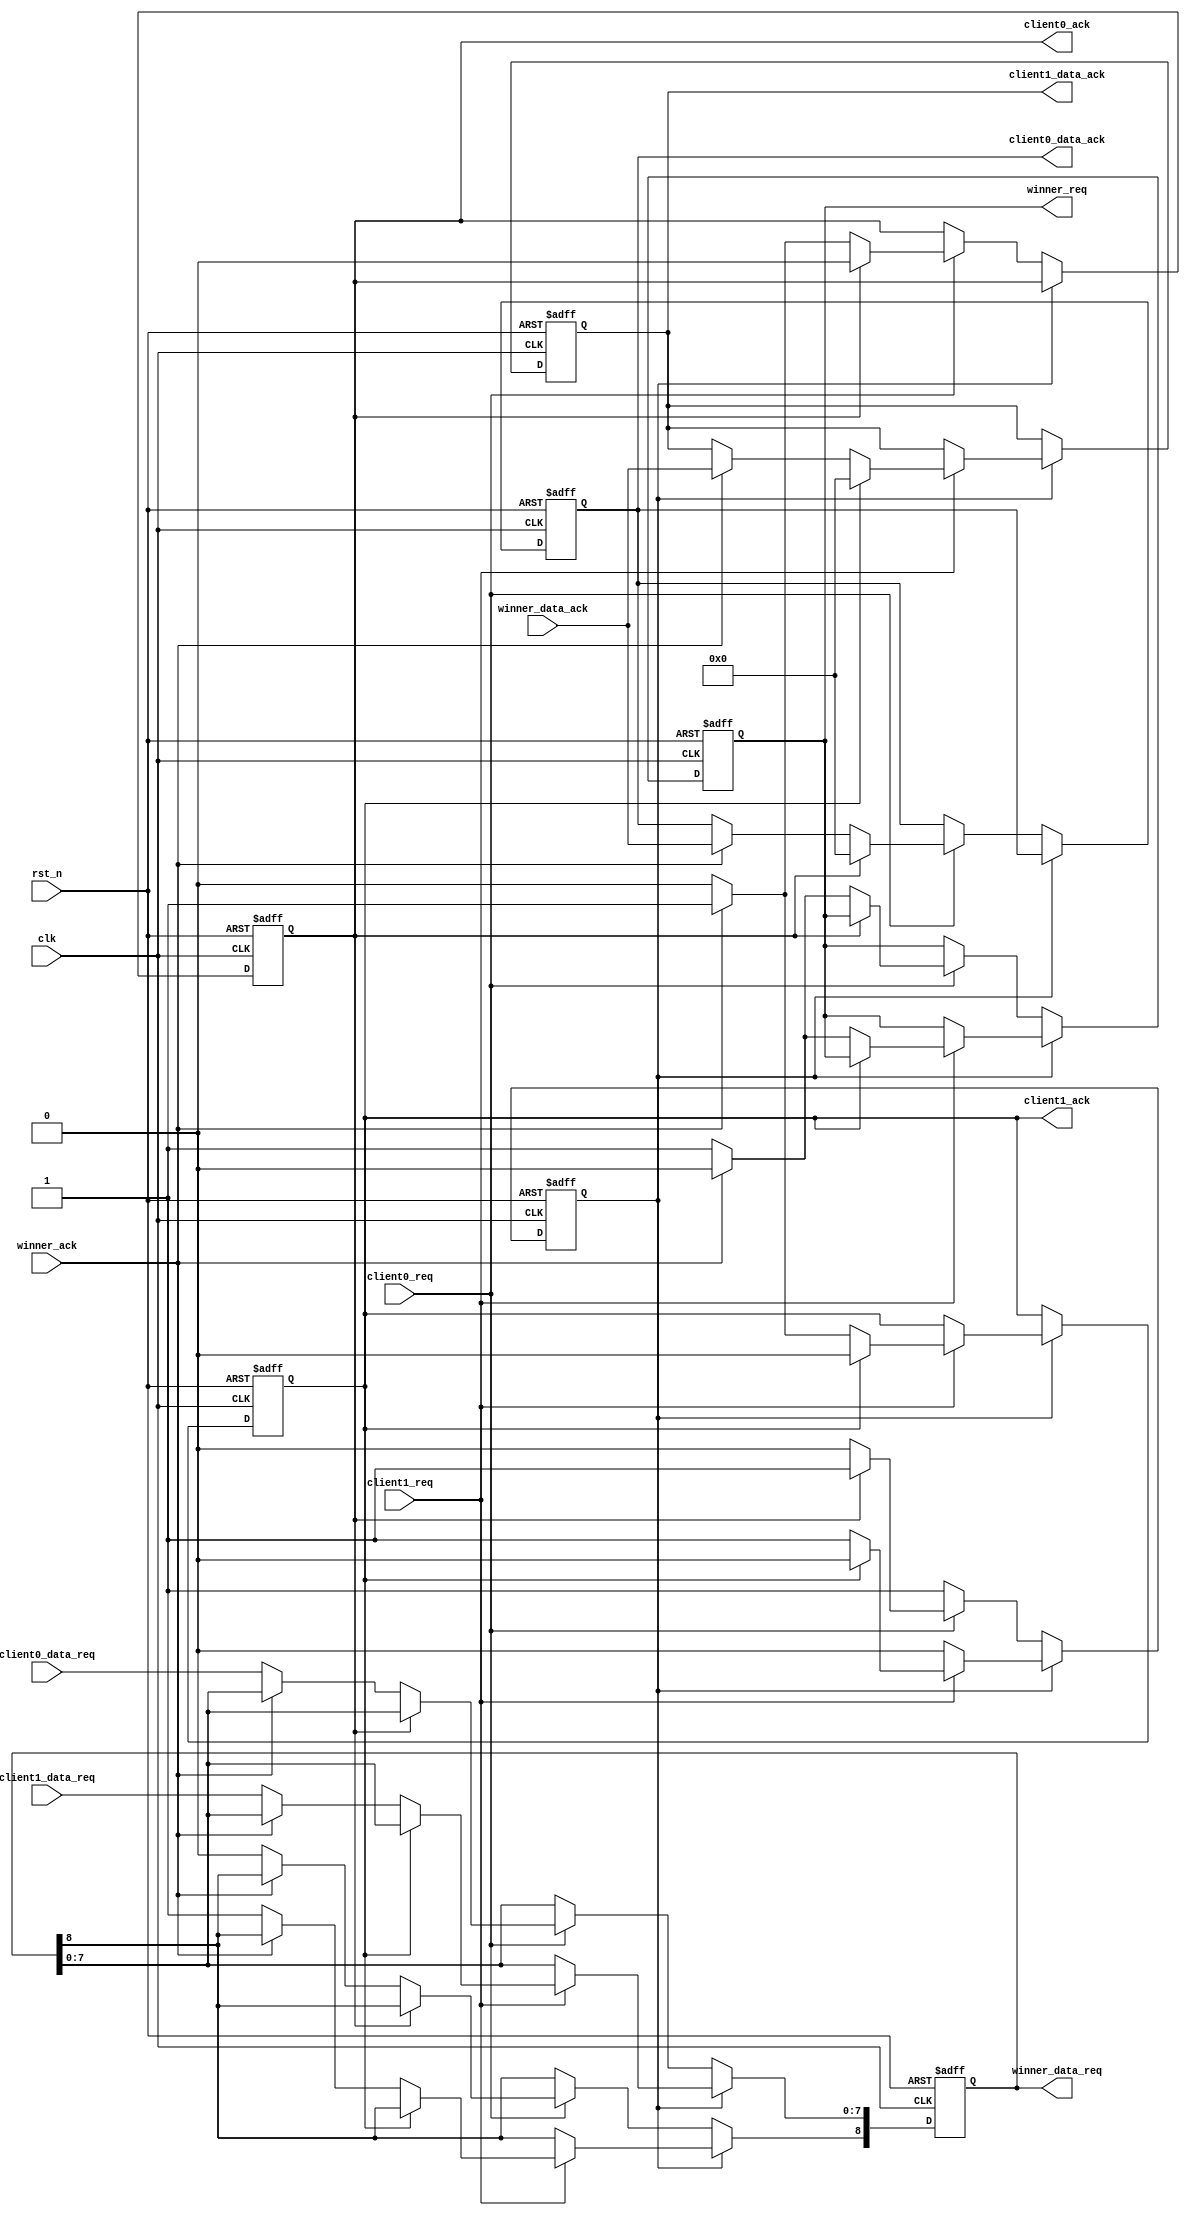
//---------------------------------------------------------------------------------------
// Universitatea Transilvania din Brasov
// Proiect     : Limbaje de descriere hardware
// Autor       : Neagu Lucian-Alexandru
// Data        : 27.05.2022
//---------------------------------------------------------------------------------------
// Descriere   : Arbitrare 
//---------------------------------------------------------------------------------------

module arbitrare #(
	parameter REQ_DATA_WIDTH  = 'd8,  
	parameter ACK_DATA_WIDTH  = 'd8  
)(
    input      						  clk,                                         
    input        					  rst_n,                                       
    input      						  client0_req,                  // request de la primul client
    input      [REQ_DATA_WIDTH  -1:0] client0_data_req,             //Date trimise de primul client impreuna cu request ul
    input      						  winner_ack,                   // acknowledge, trimis  ca si confirmare catre un client
    input      [ACK_DATA_WIDTH  -1:0] winner_data_ack,              //Datele trimise de destinatar catre client 
    input      						  client1_req,                  // request de la al doilea client
    input      [REQ_DATA_WIDTH  -1:0] client1_data_req,             //Date trimise de al doilea client impreuna cu request ul
	
	output reg 						  client0_ack,                  // acknowledge catre primul client
    output reg [ACK_DATA_WIDTH  -1:0] client0_data_ack,             //Date primite de primul client de la destinatar impreuna cu semnalul de winner_ack
    output reg                        client1_ack,                  // acknowledge catre al doilea client
    output reg [ACK_DATA_WIDTH  -1:0] client1_data_ack,             //Date primite de al doilea client de la destinatar impreuna cu semnalul de winner_ack
    output reg                        winner_req,                   // request primit de destinatar
    output reg [REQ_DATA_WIDTH  :0]   winner_data_req               //Data primita de destinatar la request

);
reg client_servit;

always @(posedge clk or negedge rst_n)  
	if(~rst_n) begin
		client0_ack <= 'b0;
		client1_ack <= 'b0;
		winner_req  <= 'b0;
		client0_data_ack [ACK_DATA_WIDTH -1:0] <= 'b0;
		client1_data_ack [ACK_DATA_WIDTH -1:0] <= 'b0;
		winner_data_req  [ACK_DATA_WIDTH :0] <= 'b0;
		client_servit <= 'b0;
	end else
	if(~client_servit) begin 
		if(client0_req) begin  								//verific daca este request pentru client 0
			if(client0_ack) begin								// verific daca este acknowledge pentru client 0
				client0_ack <= 'b0;									// cobor acknowledge dupa un tact
				client0_data_ack <= 'b0;
				client_servit <= 'b1;
			end
			else
			begin 													
			if(winner_ack) begin								// verific daca a primit destinatarul request
				winner_req <= 'b0;
				client0_ack <= 'b1;
				client0_data_ack <= winner_data_ack; 				//atribui datele primite de la destinatar la client 0
			end
			else
			begin
				winner_req <= 'b1;
				winner_data_req[7:0] <= client0_data_req;			//datele de la client vor fi trimise la destinatar
				winner_data_req[8] <= 0;
			end
			end
		end
		else
		client_servit <= 'b1; 										//daca nu avem request pentru client 0, clientul servit va fi clientul 1
		end
		else
		begin
		if(client1_req) begin									//verific daca este request pentru client 1;
			if(client1_ack) begin
				client1_ack  <= 'b0;
				client1_data_ack <= 'b0;
				client_servit <= 'b0;
			end
			else
			begin
			if(winner_ack ) begin
				winner_req <= 'b0;
				client1_ack <= 'b1;									// client 1 primeste acknowledge
				client1_data_ack <= winner_data_ack;				// client 1 primeste datele
			end
			else
			begin
				winner_req <= 'b1;									// face request pentru destinatar
				winner_data_req[7:0] <= client1_data_req;			// datele de la client ajung la destinatar
				winner_data_req[8] <= 1;
			end
			end 
		end
		else
		client_servit <= 0 ;										// daca nu exista request pentru client 1 ne intoarcem la client 0
end

endmodule